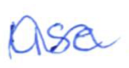
Text: use
Cross-out: wave
Writing tool: ballpoint